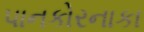
પાનકોરનાકા